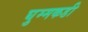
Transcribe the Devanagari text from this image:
घुम्मकडी